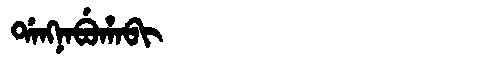
Manchu: ᡩᠠᠩᠨᠠᠪᡠᡥᠠᠪᡳ
Romanization: DANGNABUHABI